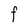
Character: F